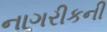
નાગરીકની